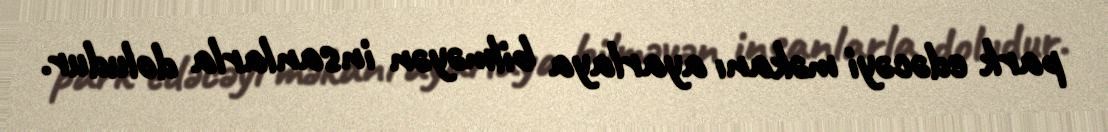
park edəcəyi məkanı ayarlaya bilməyən insanlarla doludur.